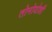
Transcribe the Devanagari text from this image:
तोमोयोशी